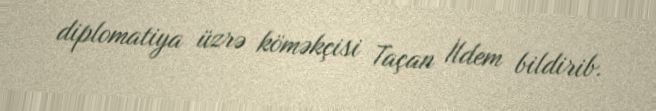
diplomatiya üzrə köməkçisi Taçan İldem bildirib.